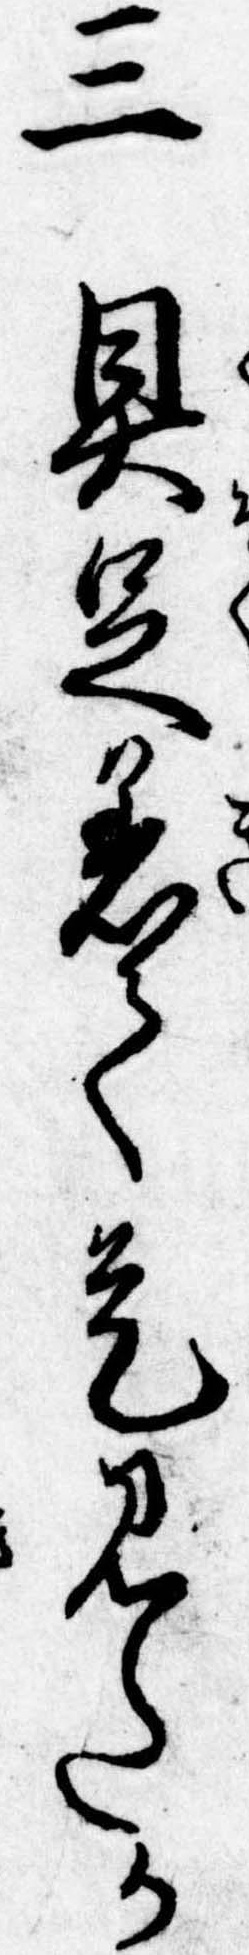
三具足着て是見たか